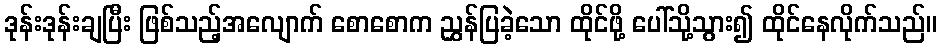
ဒုန်းဒုန်းချပြီး ဖြစ်သည့်အလျောက် စောစောက ညွှန်ပြခဲ့သော ထိုင်ဖို့ ပေါ်သို့သွား၍ ထိုင်နေလိုက်သည်။